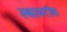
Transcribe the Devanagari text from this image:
स्कायरॉक